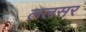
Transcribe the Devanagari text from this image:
ललसर